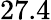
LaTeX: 27.4